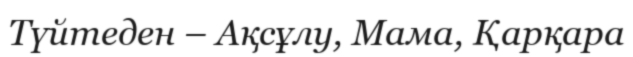
Түйтеден – Ақсұлу, Мама, Қарқара